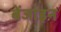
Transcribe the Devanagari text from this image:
बेंजाइन